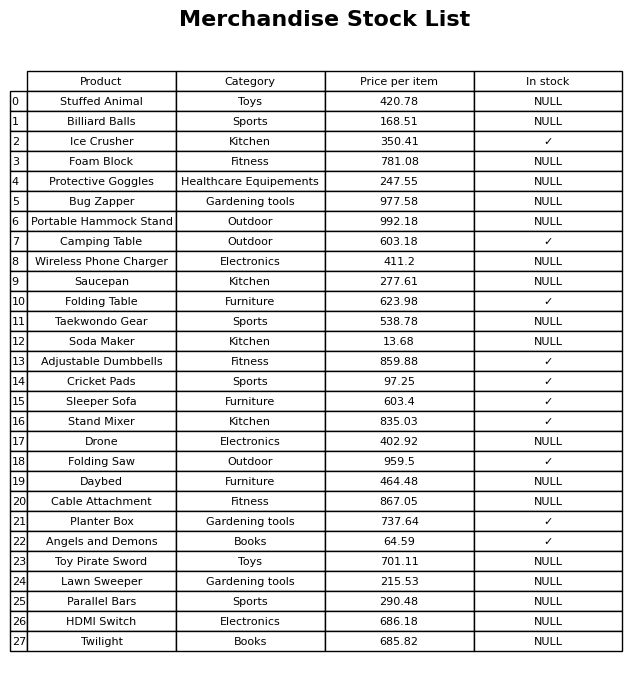
question: What is the price for Lawn Sweeper?
answer: The price of Lawn Sweeper is 215.53.